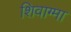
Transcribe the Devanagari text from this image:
शिवाग्मा